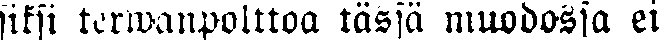
siksi terwanpolttoa tässä muodossa ei